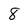
Character: 8